Civil Veterinary Dept. North-West Frontier Province 1923-32 - 1923-1932
Year: 1923
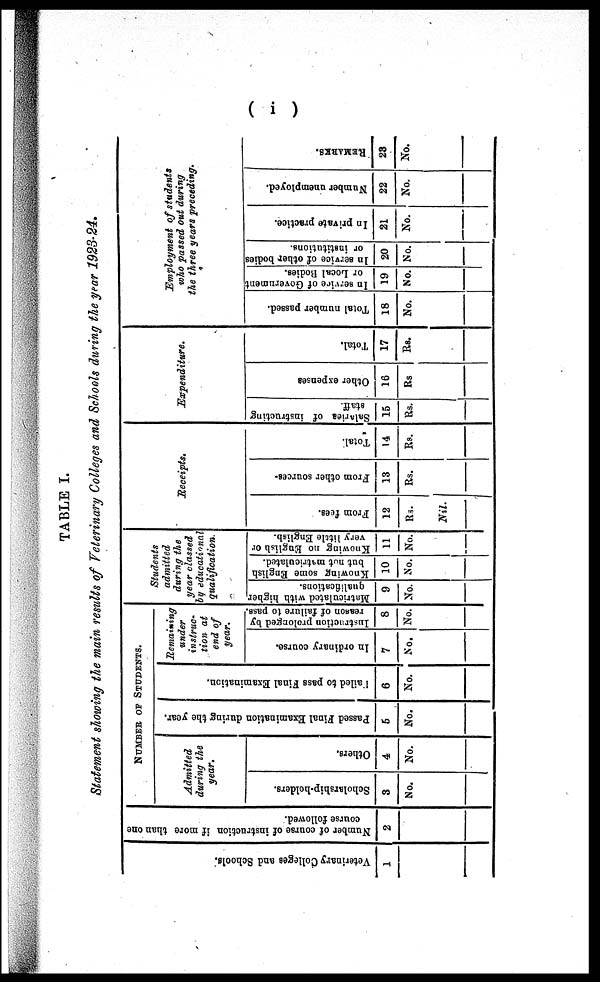
( i )
TABLE I.
Statement showing the main results of Veterinary Colleges and Schools during the year 1923-24.
Veterinary Colleges and Schools.
1
Number of course of instruction if more than one
course followed.
2
NUMBER OF STUDENTS.
Admitted
during the
year.
Scholarship-holders.
3
No.
Others.
4
No.
Passed Final Examination during the year.
5
No.
Failed
to pass Final Examination.
6
No.
Remaining
under
instruc-
tion at
end of
year.
In ordinary course.
7
No.
Instruction prolonged by
reason of failure to pass.
8
No.
Students
admitted
during the
year classed
by educational
qualification.
Matriculated with higher
qualifications.
9
No.
Knowing some English
but not matriculated.
10
No.
Knowing no English or
very little English.
11
No.
Receipts.
From fees.
12
Rs.
Nil.
From other sources.
13
Rs.
Total
14
Rs.
Expenditure.
Salariea
of instructing
staff.
15
Rs.
Other expenses
16
Rs
Total.
17
Rs.
Employment of students
who passed out during
the three years preceding.
Total number passed.
18
No.
In service of Government
or Local Bodies.
19
No.
In service of other bodies
or institutions.
20
No.
In private practice.
21
No.
Number unemployed.
22
No.
REMARKS.
23
No.